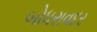
બોધરાવદર